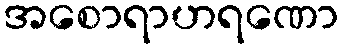
အစောရာဟရဏော